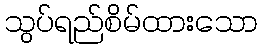
သွပ်ရည်စိမ်ထားသော